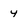
Character: 4